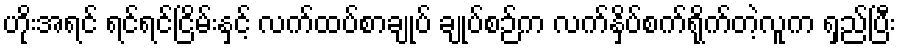
ဟိုးအရင် ရင်ရင်ငြိမ်းနှင့် လက်ထပ်စာချုပ် ချုပ်စဉ်က လက်နှိပ်စက်ရိုက်တဲ့လူက ရှည်ပြီး